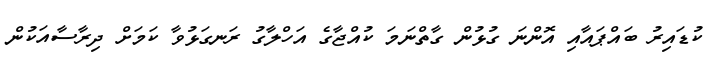
ކުޑައިރު ބައްޕައާއި އޮންނަ ގުޅުން ގާތްނަމަ ކުއްޖާގެ އަހްލާގު ރަނގަޅުވާ ކަމަށް ދިރާސާއަކުން